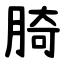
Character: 䐀